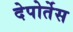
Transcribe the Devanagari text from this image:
देपोर्तेस